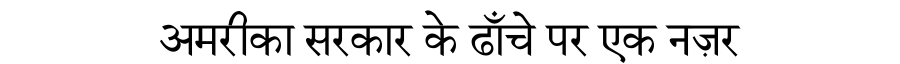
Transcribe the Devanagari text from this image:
अमरीका सरकार के ढाँचे पर एक नज़र